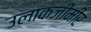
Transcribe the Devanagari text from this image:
उलाकजीमीर